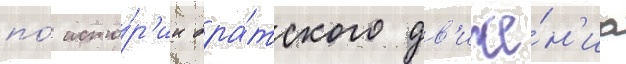
по́ исто́р'ии бра́тского дв'иже́н'иа